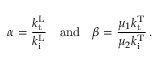
\alpha = \frac { k _ { \mathrm { t } } ^ { \mathrm { L } } } { k _ { \mathrm { i } } ^ { \mathrm { L } } } \quad \mathrm { a n d } \quad \beta = \frac { \mu _ { 1 } k _ { \mathrm { t } } ^ { \mathrm { T } } } { \mu _ { 2 } k _ { \mathrm { i } } ^ { \mathrm { T } } } \, .